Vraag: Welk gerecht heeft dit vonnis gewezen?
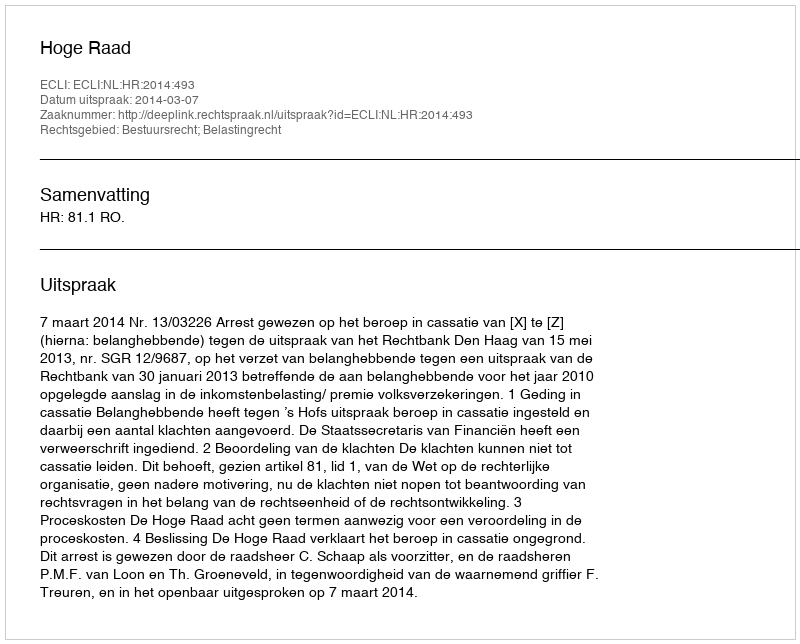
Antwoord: Hoge Raad